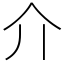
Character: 介